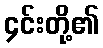
၄င်းတို့၏